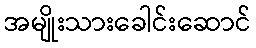
အမျိုးသားခေါင်းဆောင်